Annual report on the lock hospitals of the Madras Presidency
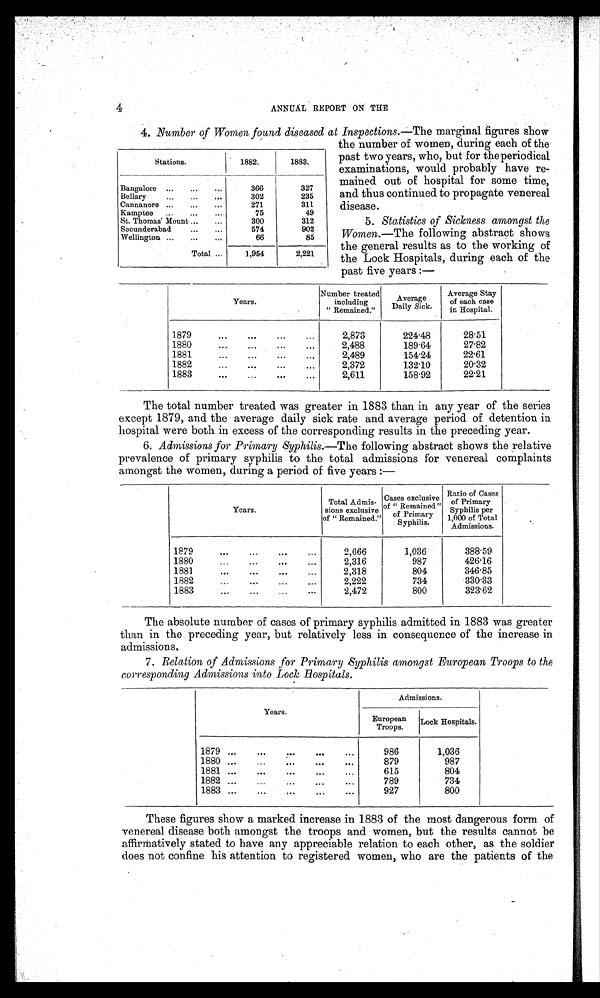
4
ANNUAL REPORT ON THE
4. Number of Women found diseased at Inspections.— The marginal figures show
the number of women, during each of the
past two years, who, but for theperiodical
examinations, would probably have re-
mained out of hospital for some time,
and thus continued to propagate venereal
disease.
5. Statistics of Sickness amongst the
Women.—The following abstract shows
the general results as to the working of
the Lock Hospitals, during each of the
past five years :—
Years.
Number treated
including
" Remained."
Average
Daily Sick.
Average Stay
of each case
in Hospital.
1879
... ... ... ...
2,873
224.48
28.51
1880
... ... ... ...
2,488
189.64
27.82
1881
...
...
..
.
...
2,489
154.24
22.61
1882
... ... ... ...
2,372
132.10
20.32
1883
... ... ... ...
2,611
158.92
22.21
The total number treated was greater in 1883 than in any year of the series
except 1879, and the average daily sick rate and average period of detention in
hospital were both in excess of the corresponding results in the preceding year.
6. Admissions for Primary Syphilis.—The following abstract shows the relativ
e p r e v a l e n c e o f p r i m a r y s y p h i l i s t o t h e t o t a l a d m i s s i o n s f o r v e n e r e a l c o m p l a i n t
amongst the women, during a period of five years :—
Years.
Total Admis-
sions exclusive
of " Remained."
Cases exclusive
of " Remained"
of Primary
Syphilis.
Ratio of Cases
of Primary
Syphilis per
1,000 of Total
Admissions.
1879
... ... ... ...
2,666
1,036
388.59
1880
... ... ... ...
2,316
987
426.16
1881
... ... ... ...
2,318
804
346.85
1882
... ... ... ...
2,222
734
330.33
1883
...
...
...
...
2,472
800
323.62
The absolute number of cases of primary syphilis admitted in 1883 was greater
than in the preceding year, but relatively less in consequence of the increase in
admissions.
7. Relation of Admissions for Primary Syphilis amongst European Troops to the
corresponding Admissions into Lock Hospitals.
Years.
Admissions.
European
Troops.
Lock Hospitals.
1879 ...
. . .
. . .
. . .
. . .
986
1,036
1880 ...
...
...
... . . .
879
987
1881
. . .
. . .
. . .
. . .
. . .
615
804
1882 ...
. . .
. . .
. . .
. . .
789
734
1883 ...
...
...
... . . .
927
800
These figures show a marked increase in 1883 of the most dangerous form of
venereal disease both amongst the troops and women, but the results cannot be
affirmatively stated to have any appreciable relation to each other, as the soldier
does not confine his attention to registered women, who are the patients of the
Stations.
1882.
1883.
Bangalore ...
...
...
366
327
Bellary
...
...
...
302
235
Cannanore ...
...
...
271
311
Kamptee ... ... ...
75
49
St. Thomas' Mount ...
...
300
312
Secunderabad
...
...
574
902
Wellington ...
...
...
66
85
Total ...
1,954
2,221